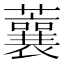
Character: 蘘